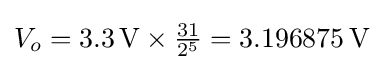
V_{o}=3.3\,{\text{V}}\times {\tfrac {31}{2^{5}}}=3.196875\,{\text{V}}